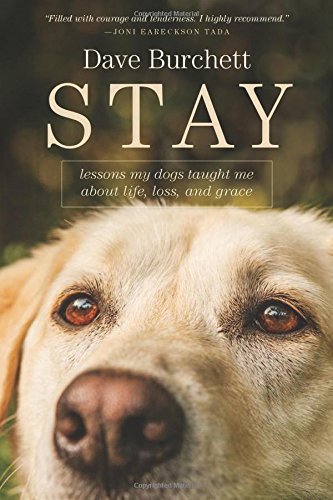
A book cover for Stay: Lessons My Dogs Taught Me about Life, Loss, and Grace; Dave Burchett; Crafts, Hobbies & Home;